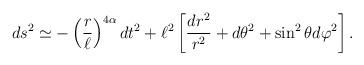
LaTeX: \begin{align*}ds^2 \simeq -\left( {r\over \ell}\right)^{4\alpha} dt^2+\ell^2\left[ {dr^2\over r^2} + d\theta^2 + \sin^2\theta d\varphi^2\right].\end{align*}